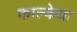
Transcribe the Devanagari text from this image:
काल्केया